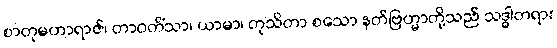
စာတုမဟာရာဇ်၊ တာဝတိံသာ၊ ယာမာ၊ တုသိတာ စသော နတ်ဗြဟ္မာတို့သည် သဒ္ဓါတရား